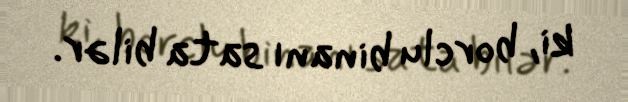
ki, borclu binanı sata bilər.